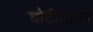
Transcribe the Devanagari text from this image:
चोटीवाला